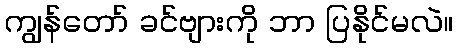
ကျွန်တော် ခင်ဗျားကို ဘာ ပြနိုင်မလဲ။